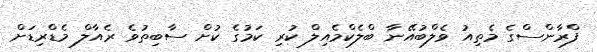
ފްރާންސްގެ މެތިއު ވެލްބުއޭނާ ބްލެކްމެއިލް ކުރި ކަމުގެ ކުށް ސާބިތުވެ ރެއާލް މެޑްރިޑަށް